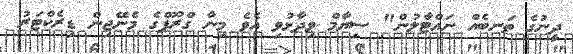
ދީނުގެ ތަނބެއް ނައްޓާލުން" ސިޔާމް ވިދާޅުވި އެވެ މިނާ ގްރޫޕްގެ މެނޭޖިން ޑިރެކްޓަރު